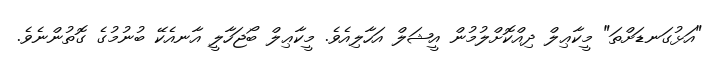
"އަޅުގަނޑަށްތަ" މީކާޢިލް ދިއްކޮށްލުމުން އީޝަލް އަހާލިއެވެ. މީކާޢިލް ބޯޖަހާލީ އާނއެކޭ ބުނުމުގެ ގޮތުންނެވެ.